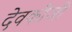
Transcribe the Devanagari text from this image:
देवकीजी